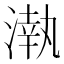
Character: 𣼳